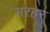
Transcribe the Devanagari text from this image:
मरहर